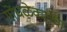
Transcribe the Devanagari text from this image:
गोंधळेकरांचा